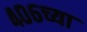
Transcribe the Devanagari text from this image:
४०६च्या